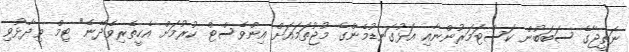
ނަތީޖާގެ ސަބަބުން ކަސްޓަމަރުންނާއި އަޅުގަނޑުމެންގެ މުޖުތަމައަށް އިންވެސްޓް ކުރުމަށް އެހީތެރިވެދޭނެ" ޓިމް ވިދާޅުވި